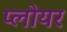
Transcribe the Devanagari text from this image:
प्लोयर